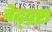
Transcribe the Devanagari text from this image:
वेद्द्रष्टा